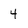
Character: 4